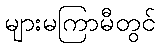
များမကြာမီတွင်